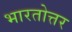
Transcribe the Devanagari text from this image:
भारतोत्तर